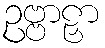
ဥဗ္ဗာဠှာ